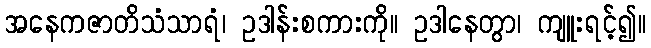
အနေကဇာတိသံသာရံ၊ ဥဒါန်းစကားကို။ ဥဒါနေတွာ၊ ကျူးရင့်၍။